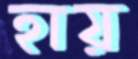
হায়